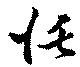
恬